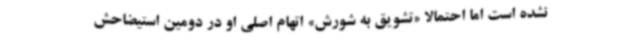
نشده است اما احتمالا «تشویق به شورش» اتهام اصلی او در دومین استیضاحش